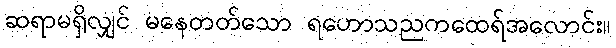
ဆရာမရှိလျှင် မနေတတ်သော ရဟောသညကထေရ်အလောင်း။